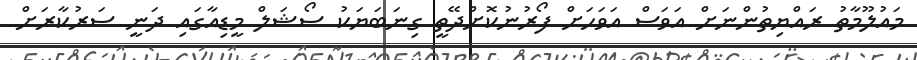
މައުލޫމާތު ރައްޔިތުންނަށް އަވަސް އަވަހަށް ފޯރުނުކޮށްދޭތީ ގިނަބަޔަކު ސޯޝަލް މީޑިއާގައި ދަނީ ސަރުކާރަށް